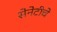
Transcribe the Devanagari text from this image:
सेनेटीचे